Sanitation, dispensaries and jails vaccination Rajputana 1922-1927 - 1922-1927
Year: 1922
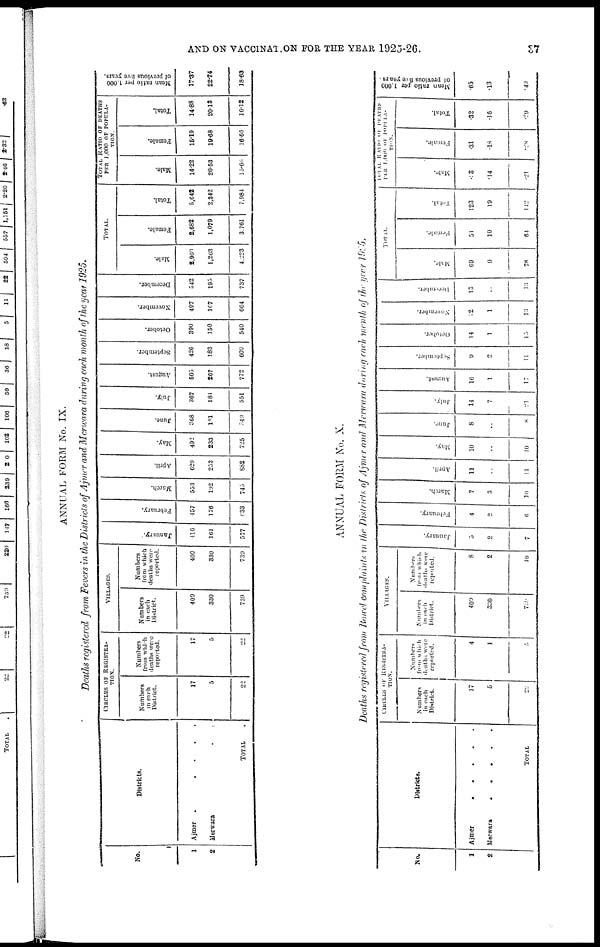
AND ON VACCINAION FOR THE YEAR 1925-26.
37
ANNUAL FORM No. IX.
Deaths registered from Fevers in the Districts of Ajmer and Merwara during each month of the year 1925.
No.
1
2
Districts.
Ajmer
......
Merwara .....
TOTAL .
CIRCLES OF REGISTRA-
TION.
Numbers
in each
District.
17
5
22
Numbers
from which
deaths were
reported.
17
5
22
VILLAGES.
Numbers
in each
District.
409
330
739
Numbers
from which
deaths were
reported.
409
330
739
January.
416
161
577
February.
457
176
633
March.
553
192
745
April.
629
253
882
May.
492
233
725
June.
368
181
549
July.
367
184
551
August.
505
267
772
September.
426
183
609
October.
390
150
540
November.
497
167
664
December.
542
195
737
TOTAL.
Male.
2,960
1,263
4,223
Female.
2,682
1,079
3,761
Total.
5,642
2,342
7,984
TOTAL RATIO OF DEATHS
PER 1,000 OF POPULA¬
TION.
Male.
14.22
20.53
15.66
Female.
15.19
19.68
16.66
Total.
14.88
20.13
16.12
Mean ratio per 1,000
of previous five years.
17.37
22.74
18.63
ANNUAL FORM No. X.
Deaths registered from Bowel complaints in the Districts of Ajmer and Merwara during each month of the year 1925.
No.
1
2
Districts.
Ajmer
.....
Merwara
.
.
.
.
.
TOTAL
CIRCLES OF REGISTRA¬
TION.
Numbers
in each
District.
17
5
22,
Numbers
from which
deaths were
reported.
4
1
5
VILLAGES.
Numbers
in each
District.
409
330
739
Numbers
from which
deaths were
reported.
8
2
10
January.
5
2
7
February.
4
2
6
March.
7
3
10
April.
11
..
11
May.
10
..
10
June.
8
..
8
July.
14
7
21
August.
16
1
17
September.
9
2
11
October.
14
1
15
November.
12
1
13
December.
13
..
13
TOTAL.
Male.
69
9
78
Female.
51
10
64
Total.
123
19
142
TOTAL RATIO OF DEATHS
PER 1,000 OF POPULA¬
TION.
Male.
63
.14
.21
Femal e.
.31
.18
.28
Tot al .
.32
.16
.29
Mean ratio per 1,000
of previous five years.
.65
.13
.49